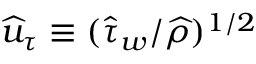
\widehat { u } _ { \tau } \equiv ( \widehat { \tau } _ { w } / \widehat { \rho } ) ^ { 1 / 2 }